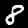
Label: 8